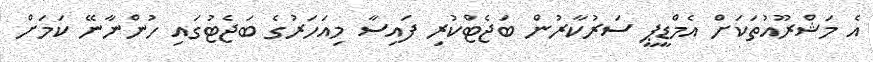
އެ މަޝްރޫއުތަކަށް އެމްޑީޕީ ސަރުކާރުން ބަޖެޓްކުރި ފައިސާ މިއަހަރުގެ ބަޖެޓުގައި ހުންނާނޭ ކަމަށް